Leaving Certificate Examination, 1920, 1920
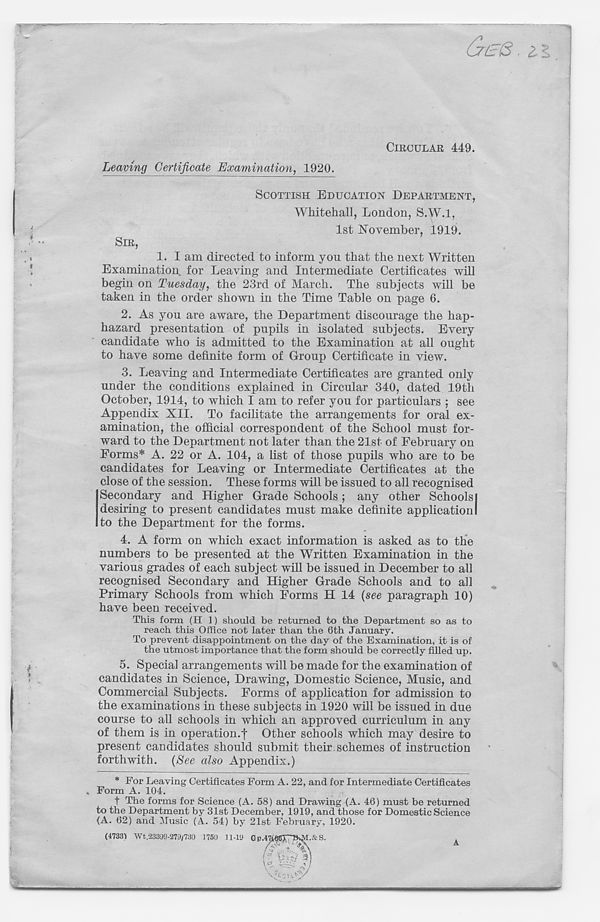
& b(3. ££
CIRCULAR 449.
Leaving Certificate Examination, 1920.
SIR,
SCOTTISH EDUCATION DEPARTMENT,
Whitehall, London, S.W.l,
1st November, 1919.
1.
I am directed to
Examination for Leaving and Intermediate Certificates will
begin on Tuesday, the 23rd of March. The subjects will be
taken in the order shown in the Time Table on page 6.
2. As you are aware, the Department discourage the hap-
hazard presentation of pupils in isolated subjects. Every
candidate who is admitted to the Examination at all ought
to have some definite form of Group Certificate in view.
3. Leaving and Intermediate Certificates are granted only
under the conditions explained in Circular 340, dated 19th
October, 1914, to which I am to refer you for particulars ; see
Appendix XII. To facilitate the arrangements for oral ex-
amination, the official correspondent of the School must for-
ward to the Department not later than the 21st of February on
Forms* A. 22 or A. 104, a list of those pupils who are to be
candidates for Leaving or Intermediate Certificates at the
close of the session. These forms will be issued to all recognised
Secondary and Higher Grade Schools ; any other Schools!
desiring to present candidates must make definite application!
to the Department for the forms.
4. A form on which exact information is asked as to the
numbers to be presented at the Written Examination in the
various grades of each subject will be issued in December to all
recognised Secondary and Higher Grade Schools and to all
Primary Schools from which Forms H 14 {see paragraph 10)
have been received.
This form (H 1) should be returned to the Department so as to
reach this (Mice not later than the 6th January.
To prevent disappointment on the day of the Examination, it is of
the utmost importance that the form should be correctly filled up.
5. Special arrangements will be made for the examination of
candidates in Science, Drawing, Domestic Science, Music, and
Commercial Subjects. Forms of application for admission to
the examinations in these subjects in 1920 will be issued in due
course to all schools in which an approved curriculum in any
of them is in operation.! Other schools which may desire to
present candidates should submit their schemes of instruction
forthwith. {See also Appendix.)
* For Leaving Certificates Form A. 22, and for Intermediate Certificates
, Form A. 104.
t The forms for Science (A. 58) and Drawing (A. 46) must be returned
to the Department by 31st December, 1919, and those for Domestic Science
(A. 62) and Music (A. 54) by 21st February, 1920.
(47331 Wt.23399-279/730 1750 11-19 Gp,
&S.
A